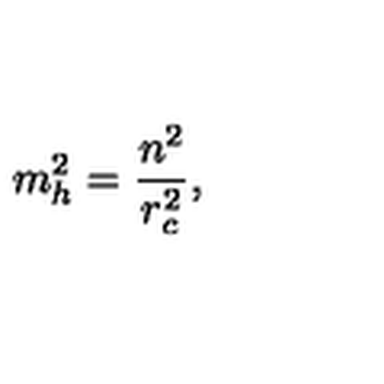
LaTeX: m _ { h } ^ { 2 } = \frac { n ^ { 2 } } { r _ { c } ^ { 2 } } ,